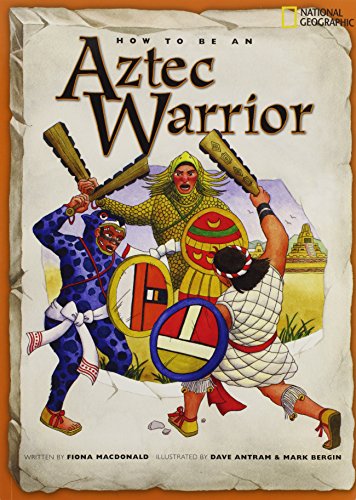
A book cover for How to Be an Aztec Warrior; Fiona MacDonald; Children's Books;